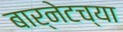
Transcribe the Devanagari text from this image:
बार्नेटच्या